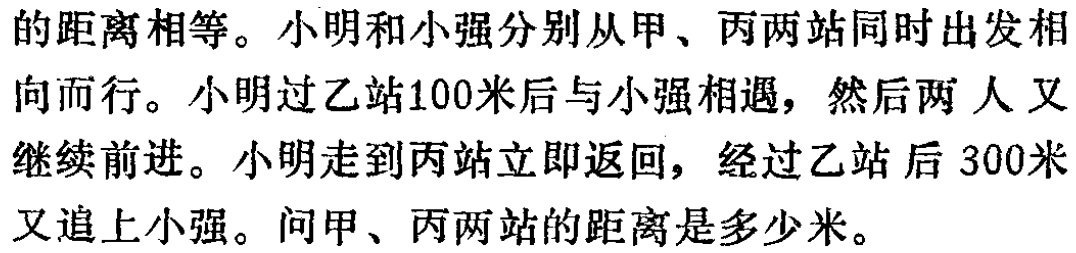
的距离相等。小明和小强分别从甲、丙两站同时出发相向而行。小明过乙站100米后与小强相遇，然后两人又继续前进。小明走到丙站立即返回，经过乙站后300米又追上小强。问甲、丙两站的距离是多少米。